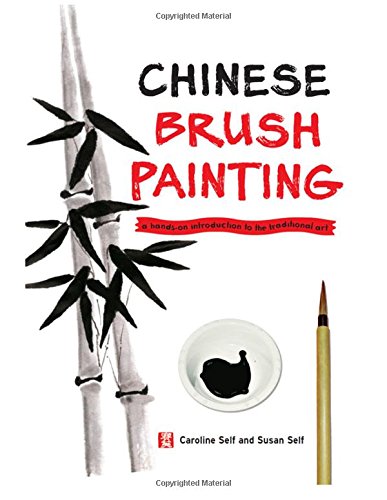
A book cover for Chinese Brush Painting: A Hands-On Introduction to the Traditional Art; Caroline Self; Children's Books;